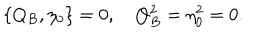
LaTeX: \{ Q _ { B } , \eta _ { 0 } \} = 0 , \quad Q _ { B } ^ { 2 } = \eta _ { 0 } ^ { 2 } = 0 .